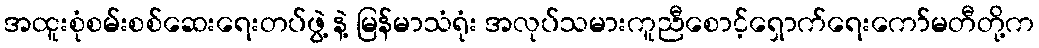
အထူးစုံစမ်းစစ်ဆေးရေးတပ်ဖွဲ့ နဲ့ မြန်မာသံရုံး အလုပ်သမားကူညီစောင့်ရှောက်ရေးကော်မတီတို့က